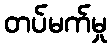
တပ်မက်မှု